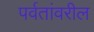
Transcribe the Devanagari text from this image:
पर्वतांवरील